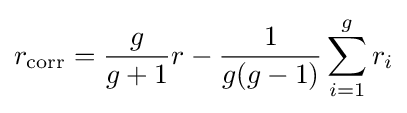
r_{\mathrm {corr} }={\frac {g}{g+1}}r-{\frac {1}{g(g-1)}}\sum _{i=1}^{g}r_{i}